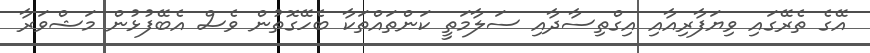
އޭގެ ތެރޭގައި ވިޔަފާރިއާއި އިގްތިސާދާއި ސަލާމަތީ ކަންތައްތަކާ ބެހޭގޮތުން ވެސް އެބޭފުޅުން މަޝްވަރާ